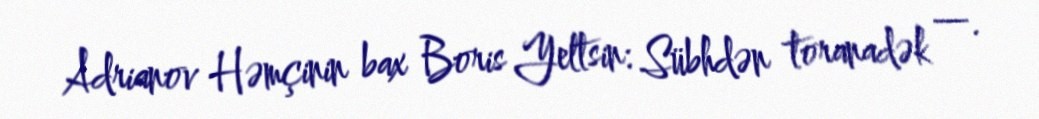
Adrianov Həmçinin bax Boris Yeltsin: Sübhdən toranadək —.